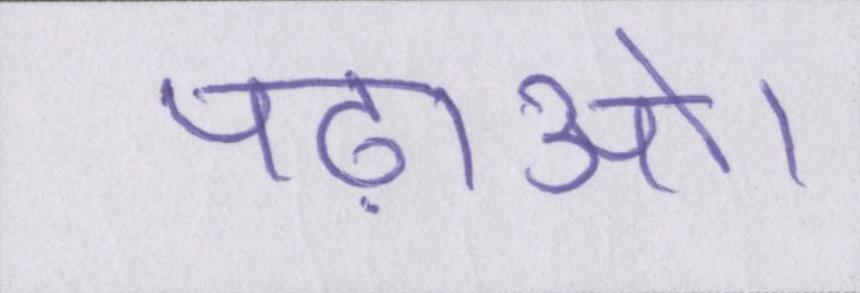
पढ़ाओ।